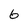
Character: 6